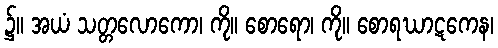
၌။ အယံ သတ္တလောကော၊ ကို။ စောရော၊ ကို။ စောရဃာဋကေန၊